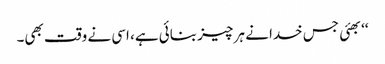
‘‘بھئی جس خدا نے ہر چیز بنائی ہے، اسی نے وقت بھی۔